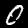
Digit: 0